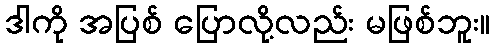
ဒါကို အပြစ် ပြောလို့လည်း မဖြစ်ဘူး။